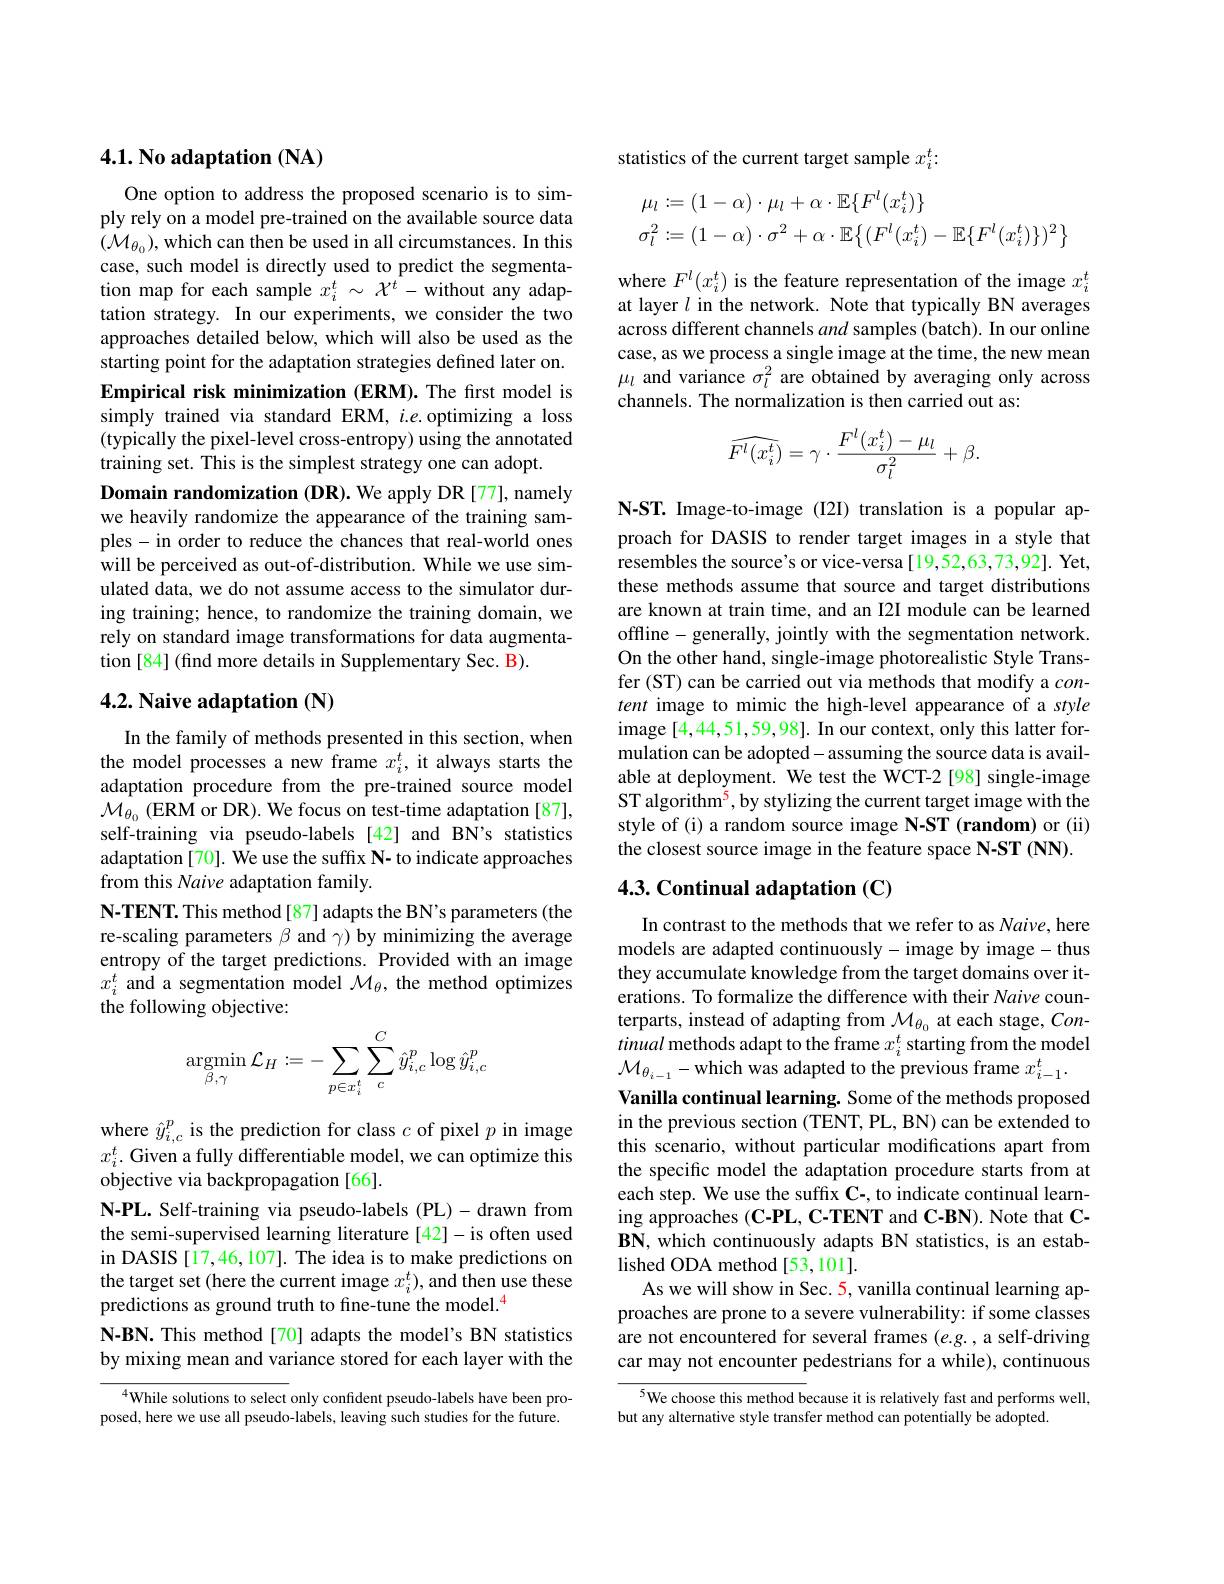
### $4. 1. \textbf{No adaptation }( \mathbf{NA})$

One option to address the proposed scenario is to simply rely on a model pre-trained on the available source data $(\mathcal{M}_{\theta_0})$,which can then be used in all circumstances. In this case, such model is directly used to predict the segmentation map for each sample $x_i^t\sim{\mathcal{X}}^t-$without any adaptation strategy. In our experiments, we consider the two approaches detailed below, which will also be used as the starting point for the adaptation strategies defined later on. Empirical risk minimization (ERM).The first model is simply trained via standard ERM, $i.e.$ optimizing a loss (typically the pixel-level cross-entropy) using the annotated training set. This is the simplest strategy one can adopt.
Domain randomization (DR). We apply DR [77], namely we heavily randomize the appearance of the training samples- in order to reduce the chances that real-world ones will be perceived as out-of-distribution. While we use simulated data, we do not assume access to the simulator during training; hence, to randomize the training domain, we rely on standard image transformations for data augmentation [84] (find more details in Supplementary Sec. B).

## $4. 2. \textbf{ Naive adaptation ( N) }$

In the family of methods presented in this section, when the model processes a new frame $x_i^t$, it always starts the adaptation procedure from the pre-trained source model $\mathcal{M}_{\theta_0}$ (ERM or DR). We focus on test-time adaptation [87], self-training via pseudo-labels [42] and BN's statistics adaptation [70]. We use the suffix N- to indicate approaches from this Naive adaptation family.
N-TENT. This method[87] adapts the BN's parameters (the re-scaling parameters $\beta$ and $\gamma)$ by minimizing the average entropy of the target predictions. Provided with an image $x_i^t$ and a segmentation model $\mathcal{M}_\theta$, the method optimizes the following objective:
$$\mathop{\mathrm{argmin}}\limits_{\beta,\gamma}\mathcal{L}_H:=-\sum\limits_{p\in x_i^t}\sum\limits_c^C\hat{y}_{i,c}^p\log\hat{y}_{i,c}^p$$
where $\hat{y}_{i,c}^p$ is the prediction for class $c$ of pixel $p$ in image $x_i^t.$ Given a fully differentiable model, we can optimize this objective via backpropagation[66].
N-PL. Self-training via pseudo-labels (PL)-drawn from the semi-supervised learning literature [42]-is often used in DASIS [17,46,107]. The idea is to make predictions on the target set (here the current image $x_i^t)$, and then use these predictions as ground truth to fine-tune the model.$^{4}$
N-BN. This method[70] adapts the model's BN statistics by mixing mean and variance stored for each layer with the

$^{4}$While solutions to select only confident pseudo-labels have been proposed, here we use all pseudo-labels, leaving such studies for the future.

statistics of the current target sample $x_i^t:$
$$\begin{aligned}\mu_l&:=(1-\alpha)\cdot\mu_l+\alpha\cdot\mathbb{E}\{F^l(x_i^t)\}\\\sigma_l^2&:=(1-\alpha)\cdot\sigma^2+\alpha\cdot\mathbb{E}\bigl\{(F^l(x_i^t)-\mathbb{E}\{F^l(x_i^t)\})^2\bigr\}\end{aligned}$$
where $F^l(x_i^t)$ is the feature representation of the image $x_i^t$ at layer $l$ in the network. Note that typically BN averages across different channels and samples (batch). In our online case, as we process a single image at the time, the new mean $\mu_l$ and variance $\sigma_l^2$ are obtained by averaging only across channels. The normalization is then carried out as:
$$\widehat{F^l(x_i^t)}=\gamma\cdot\frac{F^l(x_i^t)-\mu_l}{\sigma_l^2}+\beta.$$
N-ST. Image-to-image(I2I) translation is a popular approach for DASIS to render target images in a style that resembles the source's or vice-versa [19,52,63,73,92]. Yet, these methods assume that source and target distributions are known at train time, and an I2I module can be learned offline- generally, jointly with the segmentation network. On the other hand, single-image photorealistic Style Transfer (ST) can be carried out via methods that modify a $con-$ tent image to mimic the high-level appearance of a style image [4,44,51,59,98]. In our context, only this latter formulation can be adopted- assuming the source data is available at deployment. We test the WCT-2 [98] single-image ST algorithm$^{5}$,by stylizing the current target image with the style of (i) a random source image N-ST (random) or (ii) the closest source image in the feature space N-ST (NN).

## 4.3. Continual adaptation (C)

In contrast to the methods that we refer to as Naive, here models are adapted continuously- image by image- thus they accumulate knowledge from the target domains over iterations. To formalize the difference with their Naive counterparts, instead of adapting from $\mathcal{M}_{\theta_0}$ at each stage, Continual methods adapt to the frame $x_i^t$ starting from the model $\mathcal{M}_{\theta_{i-1}}-$which was adapted to the previous frame $x_i-1^t.$
Vanilla continual learning. Some of the methods proposed in the previous section (TENT, PL, BN) can be extended to this scenario, without particular modifications apart from the specific model the adaptation procedure starts from at each step. We use the suffix C-, to indicate continual learning approaches (C-PL, C-TENT and C-BN). Note that CBN, which continuously adapts BN statistics, is an established ODA method[53,101].
As we will show in Sec. 5, vanilla continual learning approaches are prone to a severe vulnerability: if some classes are not encountered for several frames $(e.g.$, a self-driving car may not encounter pedestrians for a while), continuous

5We choose this method because it is relatively fast and performs well,
but any alternative style transfer method can potentially be adopted.